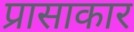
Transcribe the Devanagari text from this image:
प्रासाकार